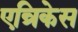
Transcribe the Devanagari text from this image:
एन्रिकेस